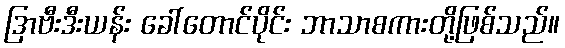
ဒြာဗီးဒီးယန်း ခေါ်တောင်ပိုင်း ဘာသာစကားတို့ဖြစ်သည်။